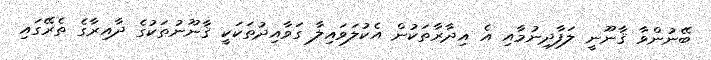
ބޭނުންވާ ޤާނޫނީ ލަފާދިނުމާއި އެ އިދާރާތަކުން އެކުލަވައިލާ ގަވާއިދުތަކަކީ ޤާނޫނުތަކުގެ ދާއިރާގެ ތެރޭގައި